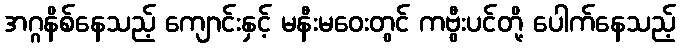
အဂ္ဂနိစ်နေသည့် ကျောင်းနှင့် မနီးမဝေးတွင် ကဗွီးပင်တို့ ပေါက်နေသည့်